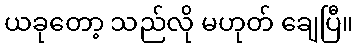
ယခုတော့ သည်လို မဟုတ် ချေပြီ။